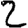
Digit: 2